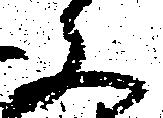
文